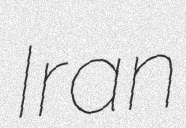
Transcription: Iran